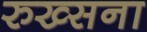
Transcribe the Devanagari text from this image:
रुख्सना